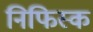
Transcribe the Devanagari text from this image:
निफिस्क